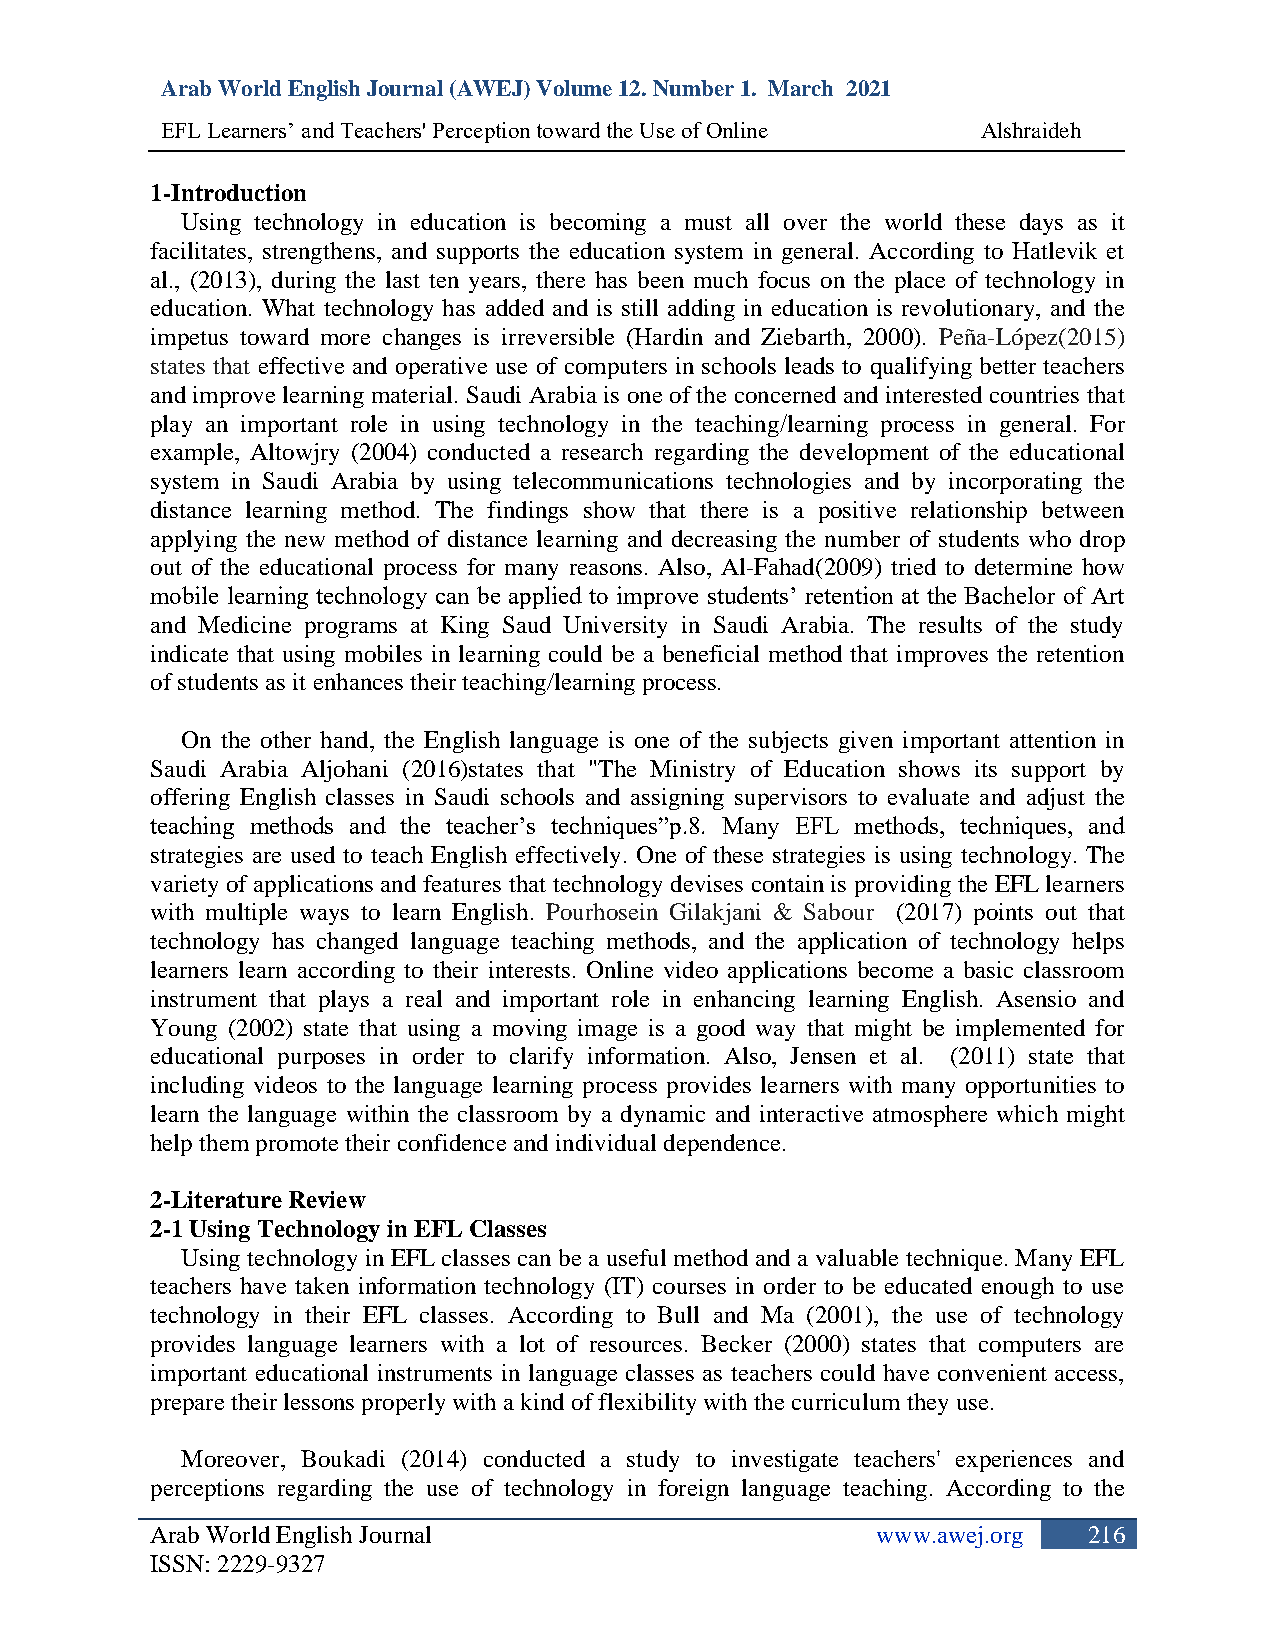
Arab World English Journal (AWEJ) Volume 12. Number 1. March 2021
 EFL Learners’ and Teachers' Perception toward the Use of Online Alshraideh
 1-Introduction
 Using technology in education is becoming a must all over the world these days as it
 facilitates, strengthens, and supports the education system in general. According to Hatlevik et
 al., (2013), during the last ten years, there has been much focus on the place of technology in
 education. What technology has added and is still adding in education is revolutionary, and the
 impetus toward more changes is irreversible (Hardin and Ziebarth, 2000). Peña-López(2015)
 states that effective and operative use of computers in schools leads to qualifying better teachers
 and improve learning material. Saudi Arabia is one of the concerned and interested countries that
 play an important role in using technology in the teaching/learning process in general. For
 example, Altowjry (2004) conducted a research regarding the development of the educational
 system in Saudi Arabia by using telecommunications technologies and by incorporating the
 distance learning method. The findings show that there is a positive relationship between
 applying the new method of distance learning and decreasing the number of students who drop
 out of the educational process for many reasons. Also, Al-Fahad(2009) tried to determine how
 mobile learning technology can be applied to improve students’ retention at the Bachelor of Art
 and Medicine programs at King Saud University in Saudi Arabia. The results of the study
 indicate that using mobiles in learning could be a beneficial method that improves the retention
 of students as it enhances their teaching/learning process.
 On the other hand, the English language is one of the subjects given important attention in
 Saudi Arabia Aljohani (2016)states that "The Ministry of Education shows its support by
 offering English classes in Saudi schools and assigning supervisors to evaluate and adjust the
 teaching methods and the teacher’s techniques”p.8. Many EFL methods, techniques, and
 strategies are used to teach English effectively. One of these strategies is using technology. The
 variety of applications and features that technology devises contain is providing the EFL learners
 with multiple ways to learn English. Pourhosein Gilakjani & Sabour (2017) points out that
 technology has changed language teaching methods, and the application of technology helps
 learners learn according to their interests. Online video applications become a basic classroom
 instrument that plays a real and important role in enhancing learning English. Asensio and
 Young (2002) state that using a moving image is a good way that might be implemented for
 educational purposes in order to clarify information. Also, Jensen et al. (2011) state that
 including videos to the language learning process provides learners with many opportunities to
 learn the language within the classroom by a dynamic and interactive atmosphere which might
 help them promote their confidence and individual dependence.
 2-Literature Review
 2-1 Using Technology in EFL Classes
 Using technology in EFL classes can be a useful method and a valuable technique. Many EFL
 teachers have taken information technology (IT) courses in order to be educated enough to use
 technology in their EFL classes. According to Bull and Ma (2001), the use of technology
 provides language learners with a lot of resources. Becker (2000) states that computers are
 important educational instruments in language classes as teachers could have convenient access,
 prepare their lessons properly with a kind of flexibility with the curriculum they use.
 Moreover, Boukadi (2014) conducted a study to investigate teachers' experiences and
 perceptions regarding the use of technology in foreign language teaching. According to the
 Arab World English Journal                      www.awej.org  216
 ISSN: 2229-9327